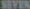
SEVEN